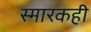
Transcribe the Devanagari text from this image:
स्मारकही